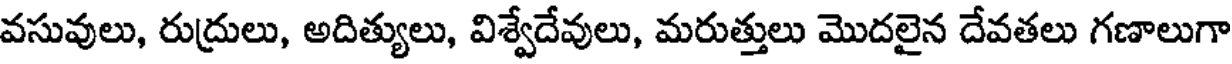
వసువులు, రుద్రులు, అదిత్యులు, విశ్వేదేవులు, మరుత్తులు మొదలైన దేవతలు గణాలుగా